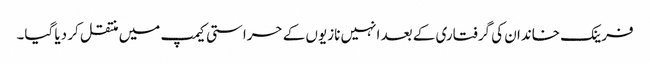
فرینک خاندان کی گرفتاری کے بعد انہیں نازیوں کے حراستی کیمپ میں منتقل کر دیا گیا۔